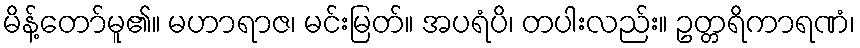
မိန့်တော်မူ၏။ မဟာရာဇ၊ မင်းမြတ်။ အပရံပိ၊ တပါးလည်း။ ဥတ္တရိကာရဏံ၊